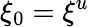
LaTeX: \xi_{0}=\xi^{u}